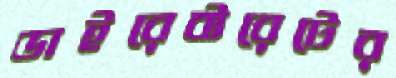
ডাইরেক্টরেটের